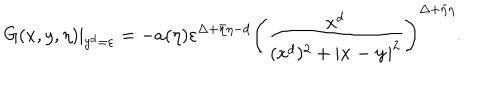
LaTeX: G ( x , y , \eta ) | _ { y ^ { d } = \varepsilon } = - a ( \eta ) \varepsilon ^ { \Delta + \bar { \eta } \eta - d } \left( \frac { x ^ { d } } { ( x ^ { d } ) ^ { 2 } + | \mathbf { x - y } | ^ { 2 } } \right) ^ { \Delta + \bar { \eta } \eta } .